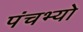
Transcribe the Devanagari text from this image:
पंचभ्यो